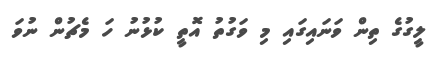
ލީގުގެ ތިން ވަނައިގައި މި ވަގުތު އޮތީ ކުޅުނު ހަ މެޗުން ނުވަ